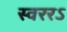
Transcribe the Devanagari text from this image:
स्वररऽ